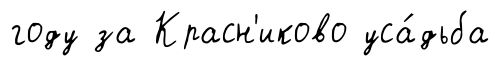
году за Красн'иково уса́дьба